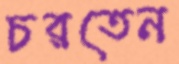
চরতেন